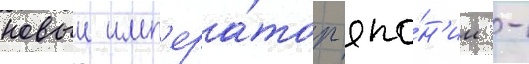
новыи имп'ера́тор япо́н'ии -